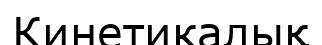
Кинетикалық